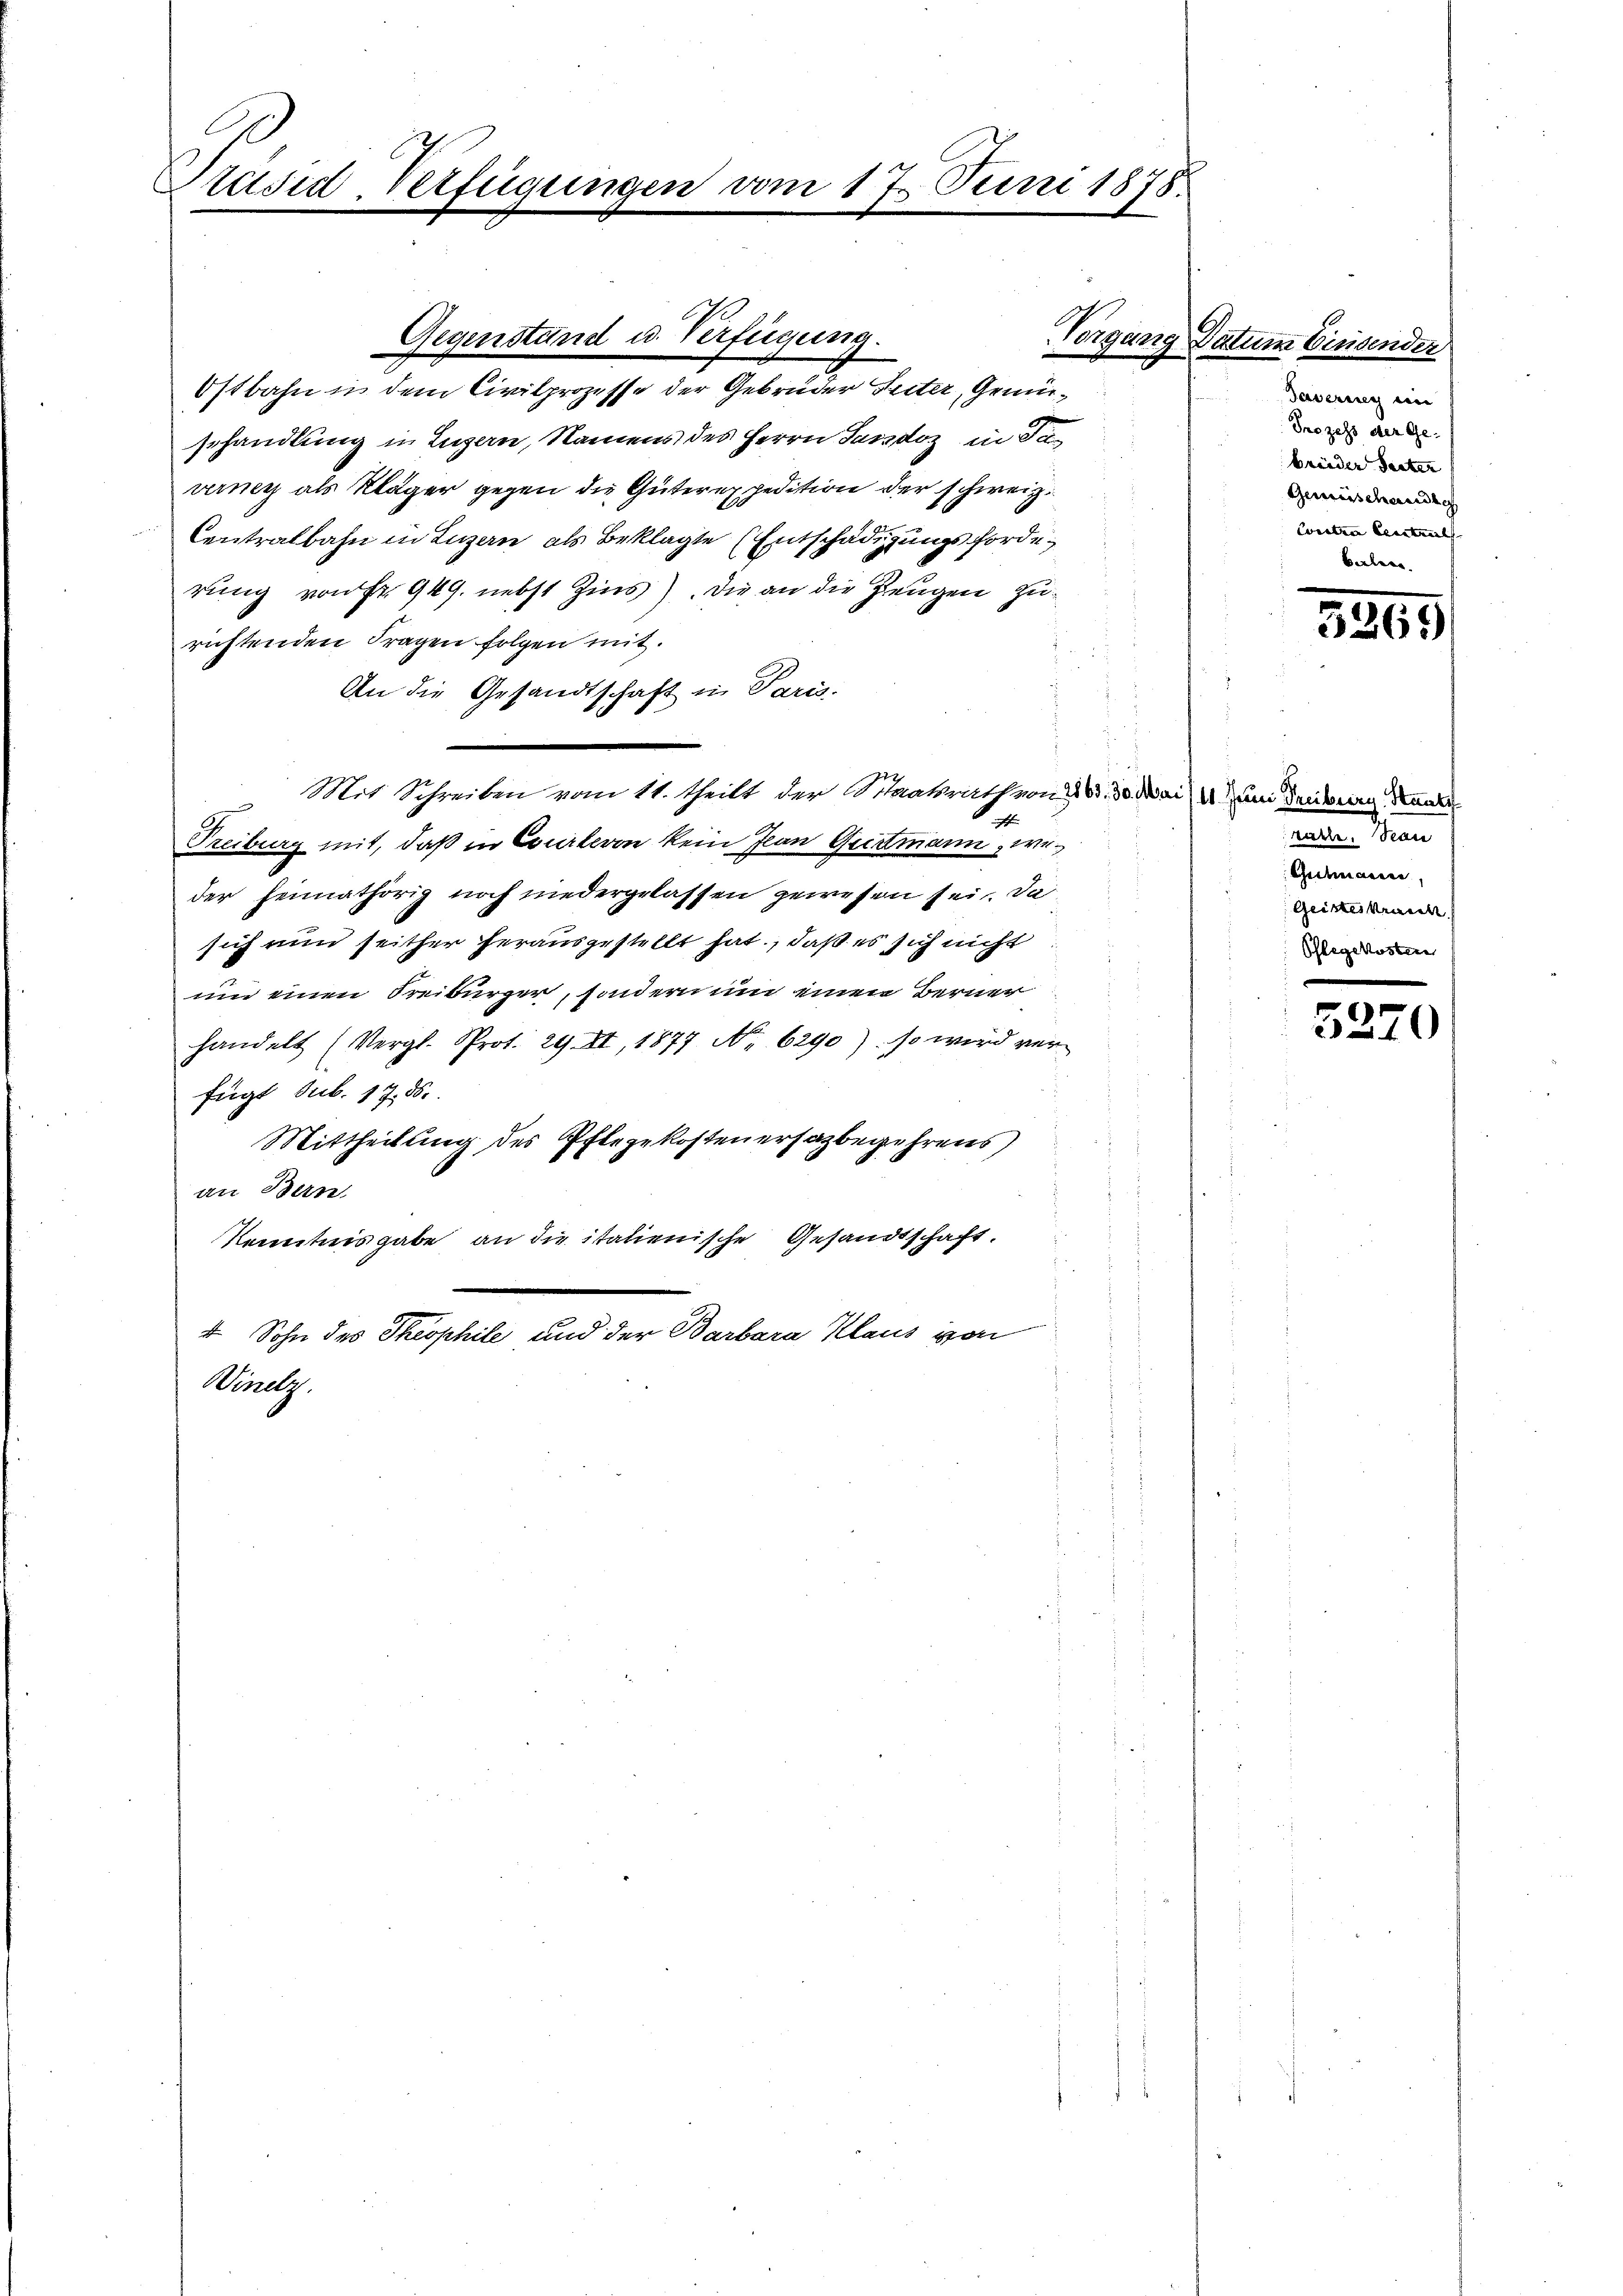
Präsid Verfügungen vom 17. Juni 1878.
.

Ostbahn in dem Civilprozesse der Gebrüder Seiter, Genüsehandlung in Luzern, Namens des Herrn Sandoz in Tuverney als Kläger gegen die Güterexpedition der schweiz.
Centralbahn in Luzern als Beklagte (Entschädigungsforderung von Fr. 949. nebst Zins). Die an die Zeugen zurichtenden Fragen folgen mit.
An die Gesandtschaft in Paris.
Mit Schreiben vom 11. theilt der Staatsrath von § 83. 30. Mai 14. Juni denseren Stand
h
Treiburg mit, daß in Courteron kein Jean Geertmann, weder heimathörig noch niedergelassen gewesen sei. Da
sich nun seither herausgestellt hat, daß es sich nicht
und einen Freiburger, sondern um einen Berner
handelt (Vergl. Prot. 29. II, 1877 No 6290), so wird verfügt Sub. 17. 86.
Mittheilung des Pflegekosten ersagbegehrens
an Bern,
Kenntnisgabe an die italienische Gesandtschaft.
.
4 Sohn des Theophile und der Barbara Klaus von
Winell

Gegenstand u. Verfügung.

Vorgang Datum Einsender

Taverney ein
Prozess der Ge-
brüeder Seiter
Genüssdann
Cocelzen beantrals |
berlen

5269

rache. Decan
Gidmann,
Geisteskranch
Schlegekosten

5270